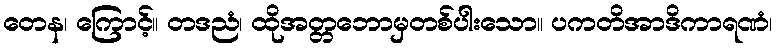
တေန၊ ကြောင့်။ တဒညံ၊ ထိုအတ္တဘောမှတစ်ပါးသော။ ပကတိအာဒိကာရဏံ၊